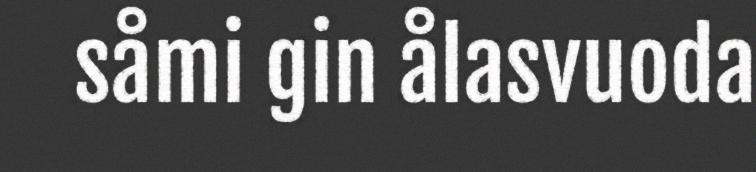
såmi gin ålasvuoda